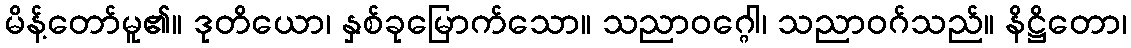
မိန့်တော်မူ၏။ ဒုတိယော၊ နှစ်ခုမြောက်သော။ သညာဝဂ္ဂေါ၊ သညာဝဂ်သည်။ နိဋ္ဌိတော၊